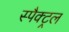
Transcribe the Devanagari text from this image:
स्पैक्ट्रल